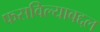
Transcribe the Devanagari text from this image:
फसविल्याबद्दल